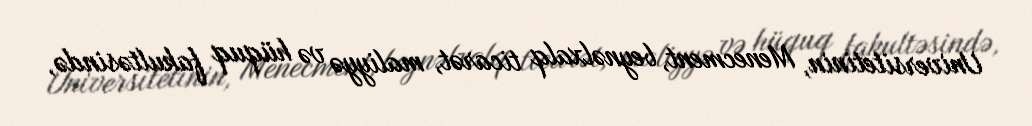
Universitetinin, Menecment, beynəlxalq ticarət, maliyyə və hüquq fakultəsində,